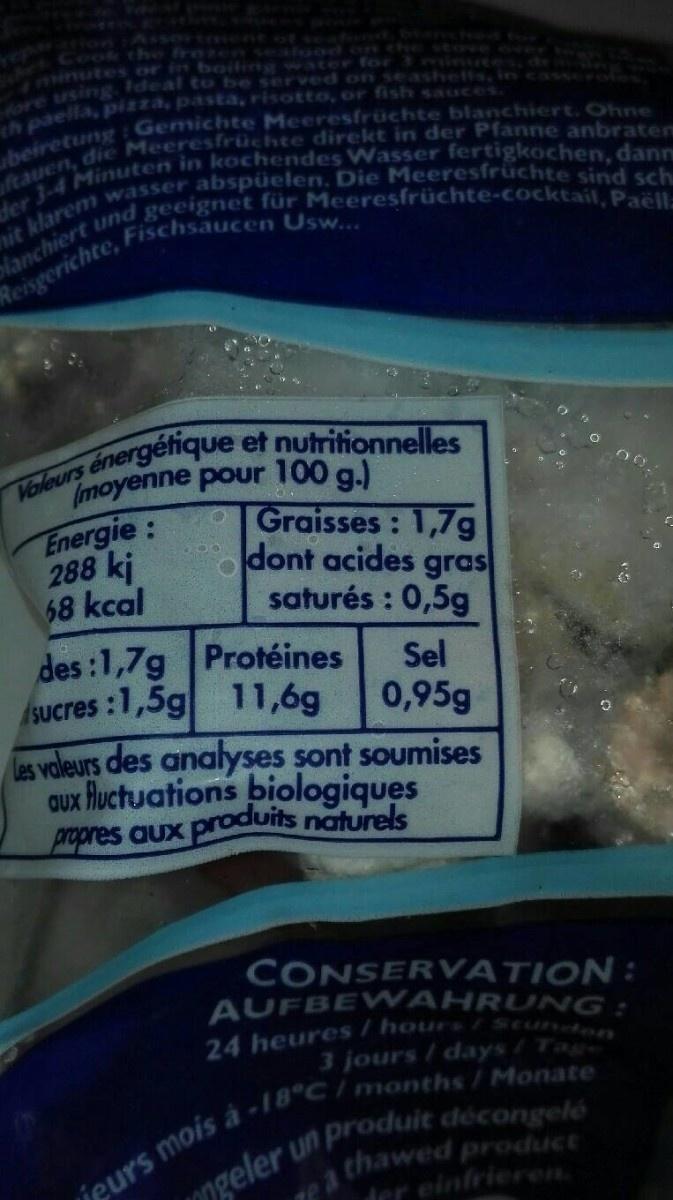
Assortnment of eatond
Cook the fresen sealood on the Oinutes or in boiling water for 3 minutes.de n
cove ove r
fore using Ideal to be served on seasheffs,incassevoes
th paella, pizza, pasta, risotto, or fish sauces. ubeiretung: Gemichte Meeresfrüchte blanchiert. Ohne der 3-4 Minuten in kochendes Wasser fertigkochen, dan
oftauen, die Meeresfrüchte direkt in der Pfanne anbratem nit klarem wasser abspüelen. Die Meeresfrüchte sind sch Reisgerichte, Fischsaucen Usw...
blanchiert und geeignet für Meeresfrüchte-cocktail, Paëll=
Voleurs énergéfique et nutritionnelles
Energie: 288 kj 68 kcal
(moyenne pour 100 g.) Graisses: 1,7g dont acides gras saturés : 0,5g
des :1,7g Protéines
Sel
SUcres:
:1,5g 11,6g
0,95g les valeurs des analyses sont soumises aux luctuations biologiques propres aux produits naturels
CONSERVATION: AUFBEW AHRUNG: 24 heures/hour /Scundon 3 jours/days/Tag
ieurs mois à-18 C/months/Monate 1Ongeler un produit décongelé
thawed product
nea der einfrieren